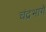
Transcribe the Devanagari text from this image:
चंद्रभागे